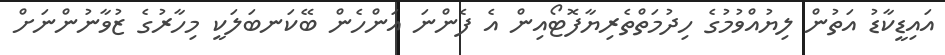
އައިޑީކާޑު އަތުން ލިޔުއްވުމުގެ ހިދުމަތްތެރިޔާފޮޓޯއިން އެ ފެންނަ އަންހެން ބޭކަނބަލަކީ މިހާރުގެ ޒުވާނުންނަށް